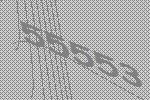
55553